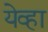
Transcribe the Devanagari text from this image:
येव्हा